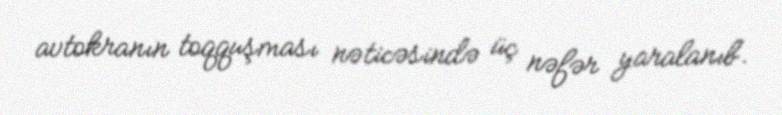
avtokranın toqquşması nəticəsində üç nəfər yaralanıb.